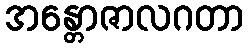
အန္တောဇာလဂတာ